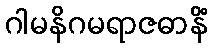
ဂါမနိဂမရာဇဓာနိံ